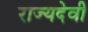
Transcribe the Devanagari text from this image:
राज्यदेवी